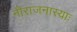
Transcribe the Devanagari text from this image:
नीराजनास्याः